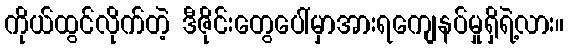
ကိုယ်ထွင်လိုက်တဲ့ ဒီဇိုင်းတွေပေါ်မှာအားရကျေနပ်မှုရှိရဲ့လား။